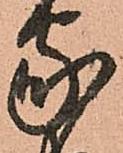
家